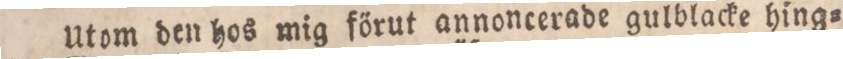
Utom den hos mig förut annoncerade gulblacke hing=